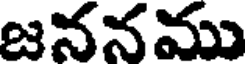
జననము